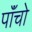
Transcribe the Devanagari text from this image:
पाॅंचो